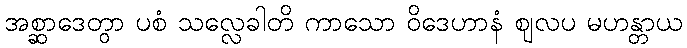
အစ္ဆာဒေတွာ ပစံ သလ္လေခါတိ ကာသော ဝိဒေဟာနံ ဈလပ မဟန္တာယ